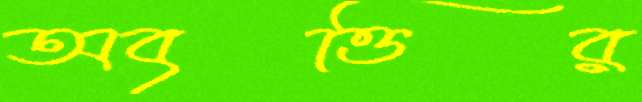
অবৃত্তির